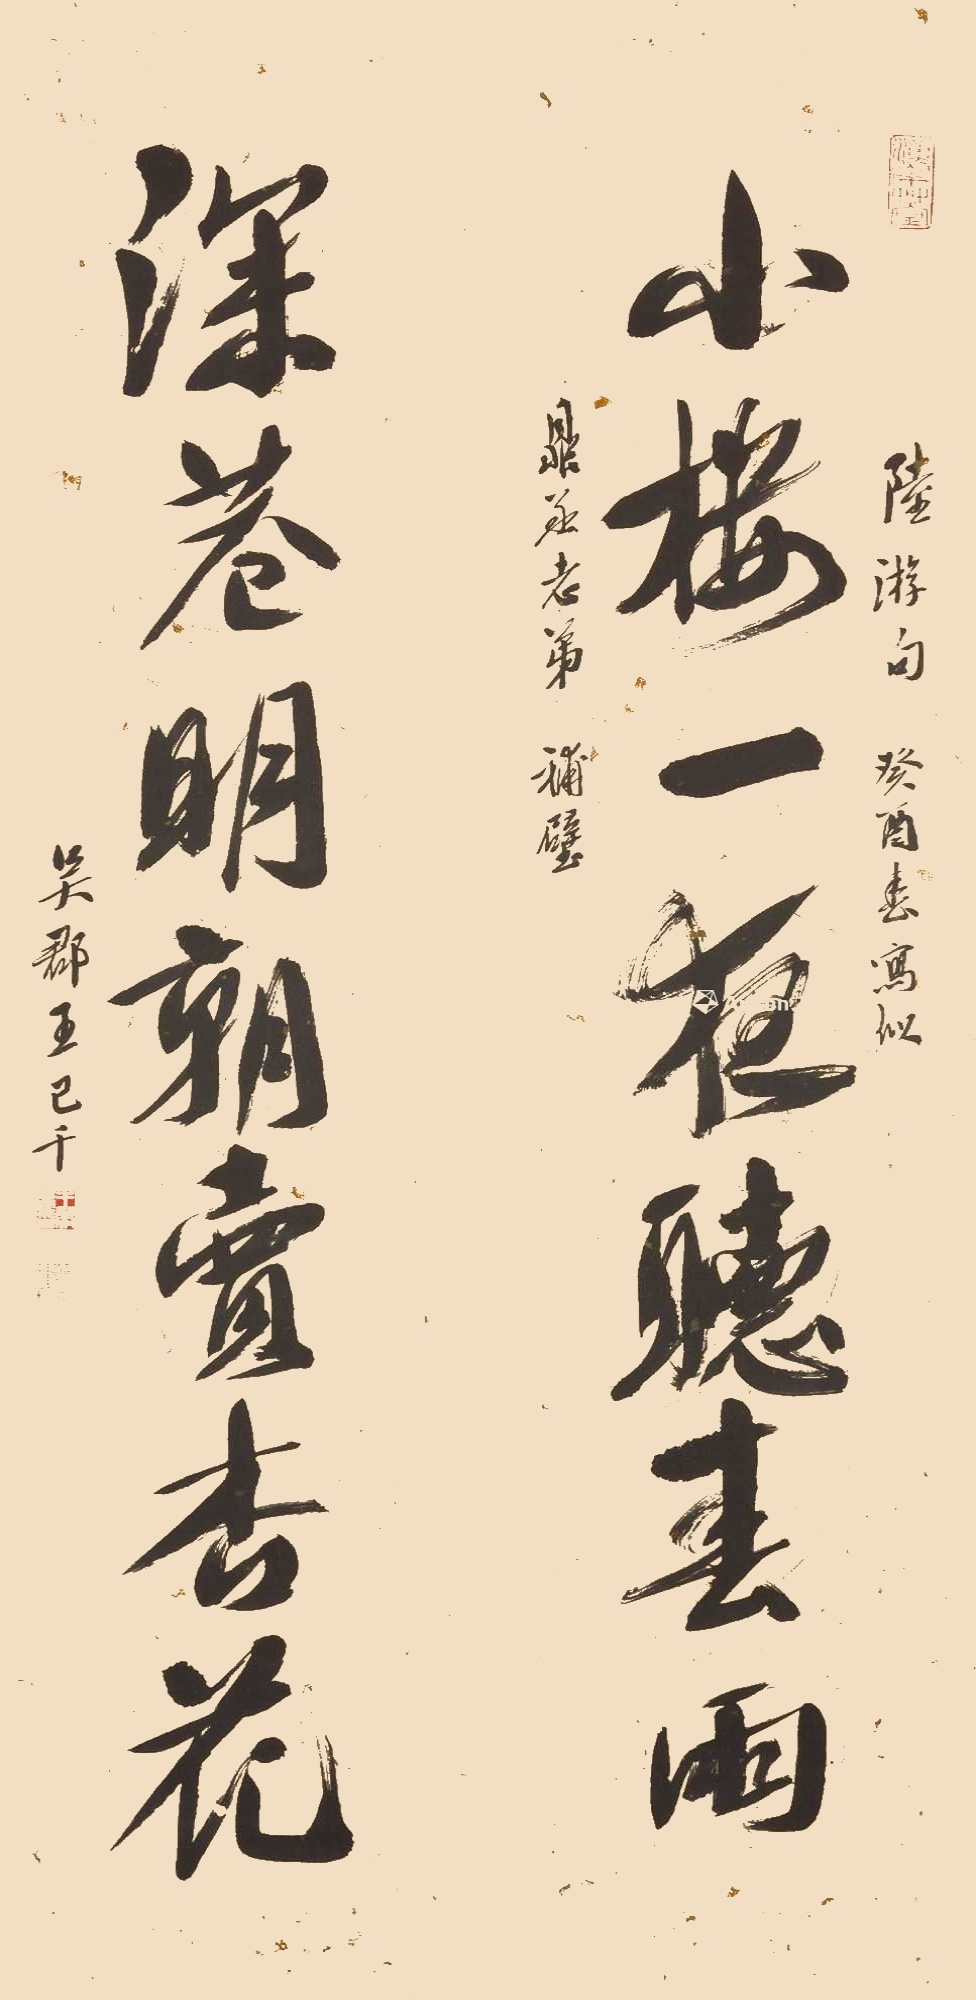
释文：小楼一夜听春雨，深巷明朝卖杏花。陆游句。癸酉（1993）春，写似鼎丞老弟补壁，吴郡王己千。